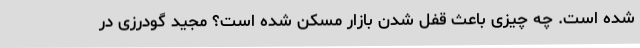
شده است. چه چیزی باعث قفل شدن بازار مسکن شده است؟ مجید گودرزی در